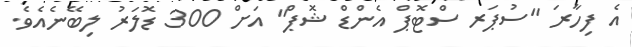
އެ ފިހާރަ "ސުޕަރ ސްޓޮޕް އެންޑް ޝޮޕް" އަށް 300 ޑޮލަރު ލިބޭނެއެވެ.